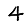
Digit: 4